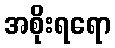
အစိုးရရော